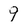
Character: 9